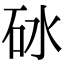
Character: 砅